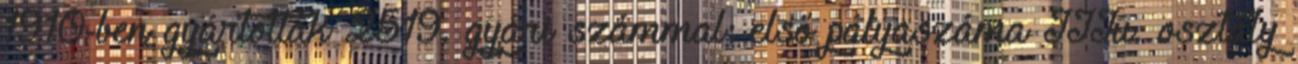
1910-ben gyártották 2519. gyári számmal: első pályaszáma IIIu. osztály